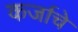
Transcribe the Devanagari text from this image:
कर्जाचे